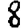
Digit: 8